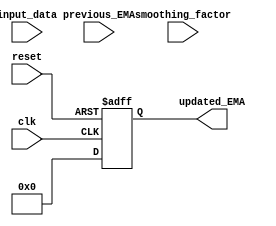
module EMA_accumulator (
  input wire clk,
  input wire reset,
  input wire [7:0] input_data,
  input wire [7:0] smoothing_factor,
  input wire [7:0] previous_EMA,
  output reg [7:0] updated_EMA
);

reg [7:0] intermediate_result;

always @(posedge clk or posedge reset) begin
  if (reset) begin
    intermediate_result <= 8'b00000000;
    updated_EMA <= 8'b00000000;
  end else begin
    intermediate_result <= (input_data * smoothing_factor) + (previous_EMA * (256 - smoothing_factor));
    updated_EMA <= intermediate_result >> 8;
  end
end

endmodule